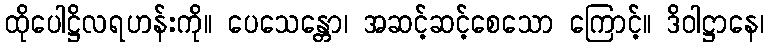
ထိုပေါဋ္ဌိလရဟန်းကို။ ပေသေန္တော၊ အဆင့်ဆင့်စေသော ကြောင့်။ ဒိဝါဋ္ဌာနေ၊